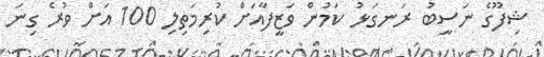
ޝިފޫގެ ނަސީބު ރަނގަޅު ކަމުން ވަޒީފާއަށް ކުރިމަތިލި 100 އަށް ވުރެ ގިނަ